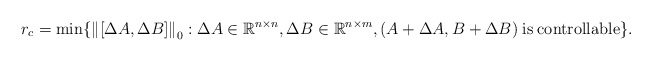
\begin{align*} {r_c} = \min \{ {\left\| {\left[ {\Delta A,\Delta B} \right]} \right\|_0}:\Delta A \in {{\mathbb R}^{n \times n}},\Delta B \in {{\mathbb R}^{n \times m}},(A + \Delta A,B + \Delta B){\kern 1pt} {\kern 1pt} {\kern 1pt} {\rm{is}}{\kern 1pt} {\kern 1pt} {\kern 1pt} {\rm{controllable}}\}.\end{align*}